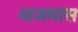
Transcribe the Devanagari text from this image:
अजमास